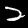
Digit: 2